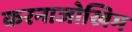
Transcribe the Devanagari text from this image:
करनाजोखिम